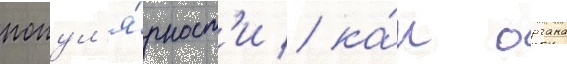
попул'я́рност'и / ка́к органа